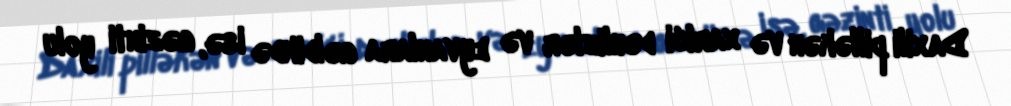
Daxili pilləkən və xarici dəhlizlər və eyvanlara gəldikdə isə, gəzinti yolu